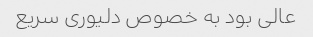
عالی بود به خصوص دلیوری سریع